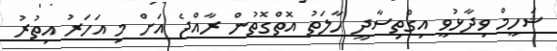
ޝަހީމް ވިދާޅުވީ އިގްތިސާދީ ހާލަތު އޮތްގޮތުން ރާއްޖެ އަށް މި އަހަރު އިތުރު